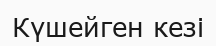
Күшейген кезі